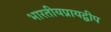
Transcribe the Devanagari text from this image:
भारतीयप्रायद्वीप